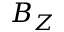
B _ { Z }